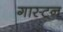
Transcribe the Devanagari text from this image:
गास्टन